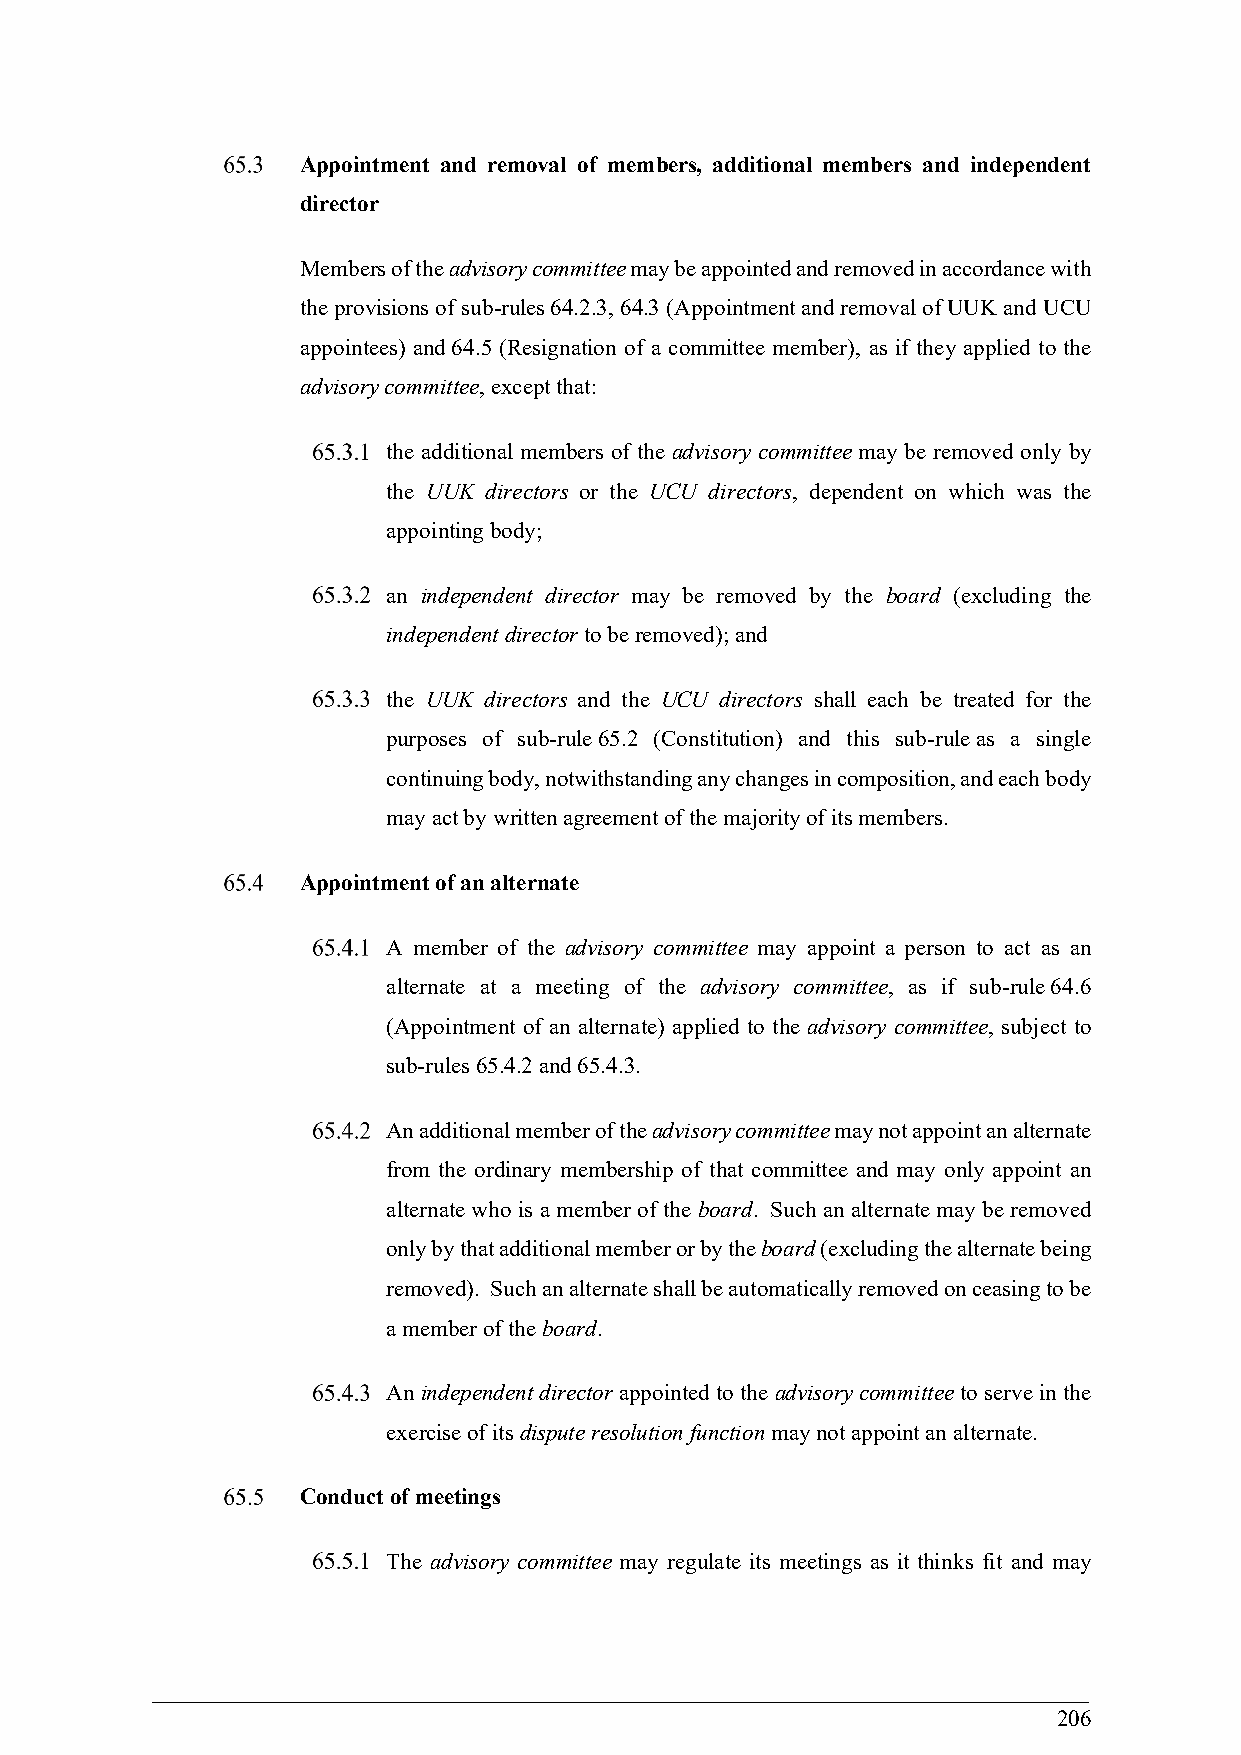
Appointment and removal of members, additional members and independent
 director
 Members of the advisory committee may be appointed and removed in accordance with
 the provisions of sub-rules 64.2.3, 64.3 (Appointment and removal of UUK and UCU
 appointees) and 64.5 (Resignation of a committee member), as if they applied to the
 advisory committee, except that:
 the additional members of the advisory committee may be removed only by
 the UUK directors or the UCU directors, dependent on which was the
 appointing body;
 an independent director may be removed by the board (excluding the
 independent director to be removed); and
 the UUK directors and the UCU directors shall each be treated for the
 purposes of sub-rule 65.2 (Constitution) and this sub-rule as a single
 continuing body, notwithstanding any changes in composition, and each body
 may act by written agreement of the majority of its members.
 Appointment of an alternate
 A member of the advisory committee may appoint a person to act as an
 alternate at a meeting of the advisory committee, as if sub-rule 64.6
 (Appointment of an alternate) applied to the advisory committee, subject to
 sub-rules 65.4.2 and 65.4.3.
 An additional member of the advisory committee may not appoint an alternate
 from the ordinary membership of that committee and may only appoint an
 alternate who is a member of the board. Such an alternate may be removed
 only by that additional member or by the board (excluding the alternate being
 removed). Such an alternate shall be automatically removed on ceasing to be
 a member of the board.
 An independent director appointed to the advisory committee to serve in the
 exercise of its dispute resolution function may not appoint an alternate.
 Conduct of meetings
 The advisory committee may regulate its meetings as it thinks fit and may
 206